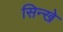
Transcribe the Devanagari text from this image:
सिन्खे